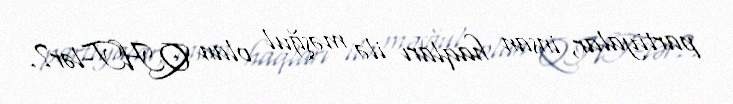
partiyalar, insan haqları ilə məşğul olan QHT-lər?.